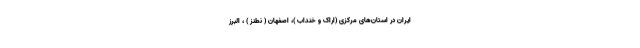
ایران در استان‌های مرکزی (اراک و خنداب )، اصفهان ( نطنز ) ، البرز